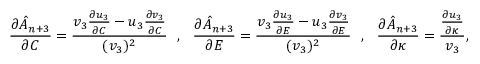
\frac { \partial \hat { A } _ { n + 3 } } { \partial C } = \frac { v _ { 3 } \frac { \partial u _ { 3 } } { \partial C } - u _ { 3 } \frac { \partial v _ { 3 } } { \partial C } } { ( v _ { 3 } ) ^ { 2 } } ~ ~ , ~ ~ \frac { \partial \hat { A } _ { n + 3 } } { \partial E } = \frac { v _ { 3 } \frac { \partial u _ { 3 } } { \partial E } - u _ { 3 } \frac { \partial v _ { 3 } } { \partial E } } { ( v _ { 3 } ) ^ { 2 } } ~ ~ , ~ ~ \frac { \partial \hat { A } _ { n + 3 } } { \partial \kappa } = \frac { \frac { \partial u _ { 3 } } { \partial \kappa } } { v _ { 3 } } ,